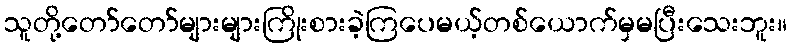
သူတို့တော်တော်များများကြိုးစားခဲ့ကြပေမယ့်တစ်ယောက်မှမပြီးသေးဘူး။